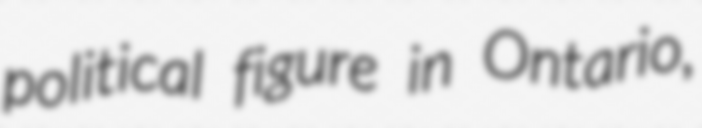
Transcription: political figure in Ontario,